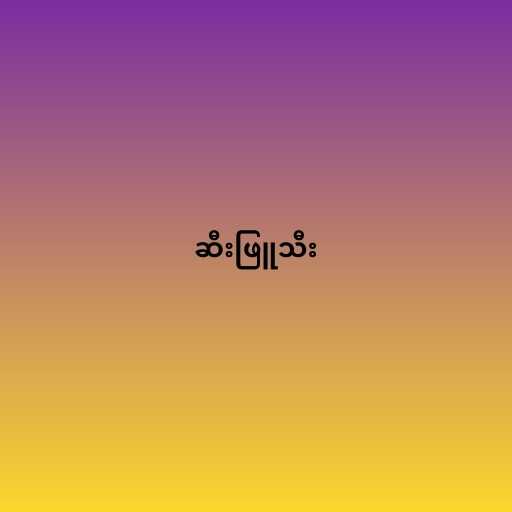
ဆီးဖြူသီး